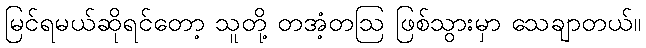
မြင်ရမယ်ဆိုရင်တော့ သူတို့ တအံ့တဩ ဖြစ်သွားမှာ သေချာတယ်။